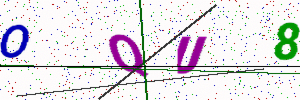
Text: OQU8